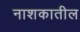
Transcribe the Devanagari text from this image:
नाशकातील